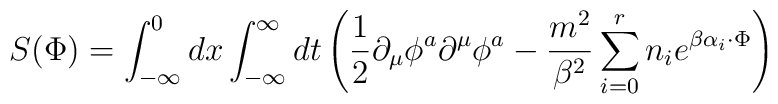
S(\Phi) = \int_{-\infty}^{0} dx \int_{-\infty}^{\infty} dt\left ( \frac{1}{2}\partial_{\mu}\phi^{a}\partial^{\mu}\phi^{a}-\frac{m^{2}}{\beta^{2}}\sum_{i=0}^{r}n_{i}e^{\beta \alpha_{i} \cdot \Phi}\right )